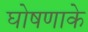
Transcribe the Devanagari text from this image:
घोषणाके